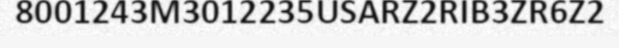
8001243M3012235USARZ2RIB3ZR6Z2